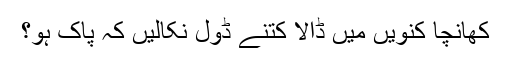
کھانچا کنویں میں ڈالا کتنے ڈول نکالیں کہ پاک ہو؟